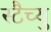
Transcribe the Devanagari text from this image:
स्टैच्यु